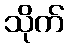
သိုက်